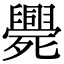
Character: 𣩺